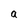
Character: a